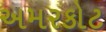
અમરકોટ